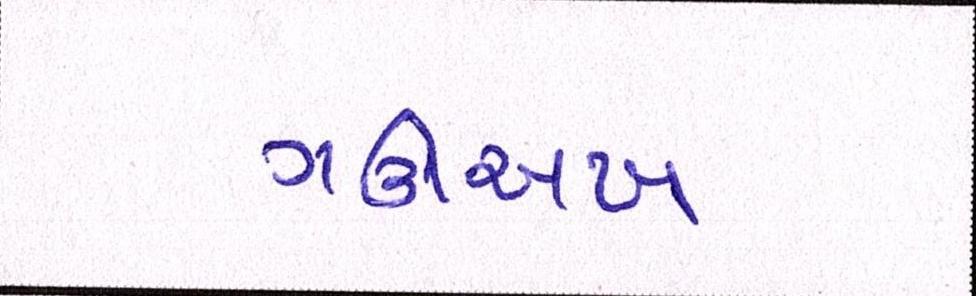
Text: ગઊઅખ